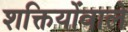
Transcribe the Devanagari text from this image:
शक्तियोंवाले